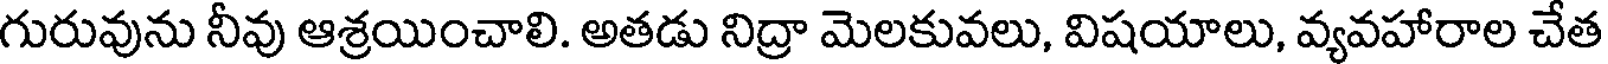
గురువును నీవు ఆశ్రయించాలి. అతడు నిద్రా మెలకువలు, విషయాలు, వ్యవహారాల చేత